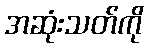
အဆုံးသတ်ကို